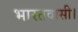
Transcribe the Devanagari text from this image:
भारतवासी।